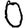
Digit: 0